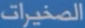
المصغيرات